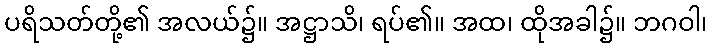
ပရိသတ်တို့၏ အလယ်၌။ အဋ္ဌာသိ၊ ရပ်၏။ အထ၊ ထိုအခါ၌။ ဘဂဝါ၊